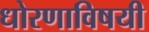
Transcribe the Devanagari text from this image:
धोरणाविषयी